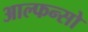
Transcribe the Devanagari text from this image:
आल्फन्सो